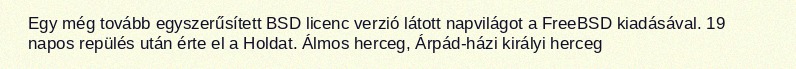
Egy még tovább egyszerűsített BSD licenc verzió látott napvilágot a FreeBSD kiadásával. 19 napos repülés után érte el a Holdat. Álmos herceg, Árpád-házi királyi herceg